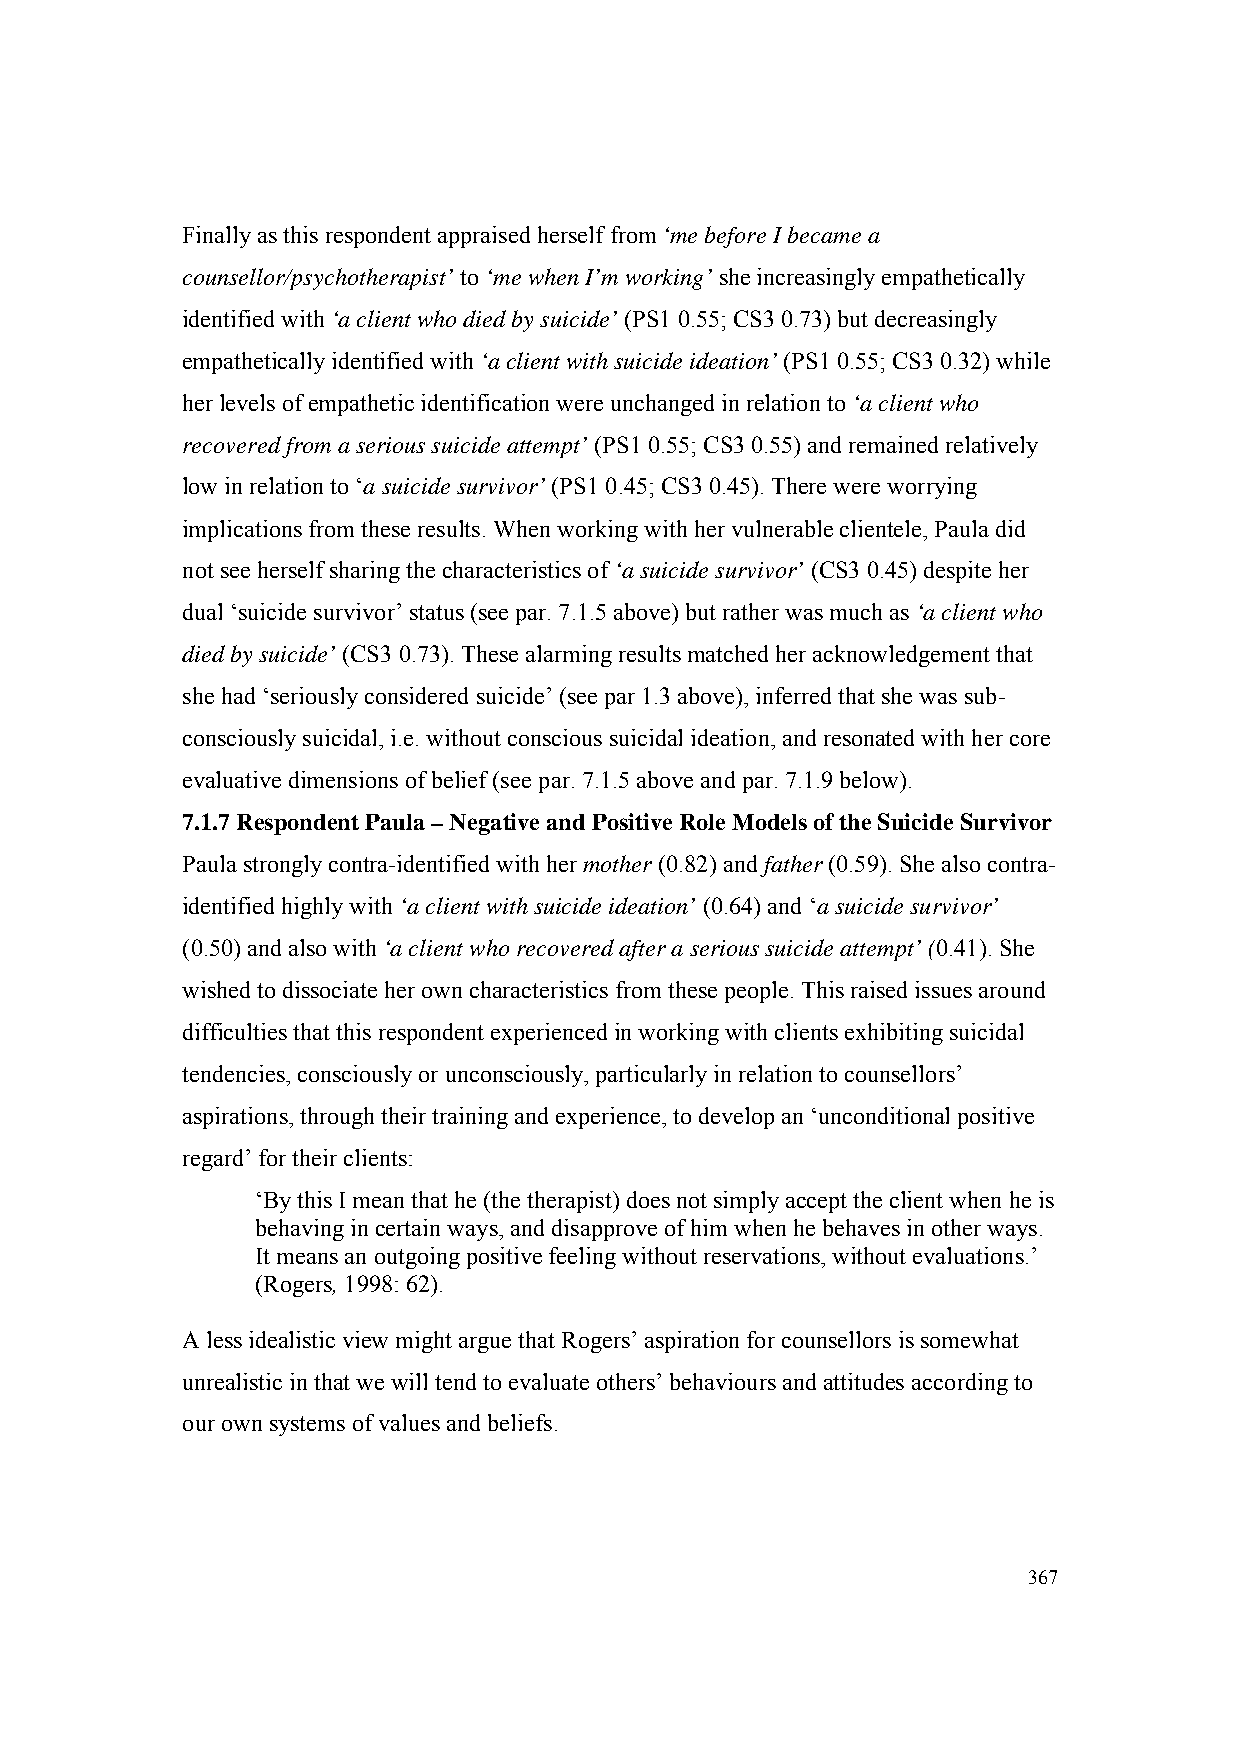
Finally as this respondent appraised herself from ‘me before I became a
 counsellor/psychotherapist’ to ‘me when I’m working’ she increasingly empathetically
 identified with ‘a client who died by suicide’ (PS1 0.55; CS3 0.73) but decreasingly
 empathetically identified with ‘a client with suicide ideation’ (PS1 0.55; CS3 0.32) while
 her levels of empathetic identification were unchanged in relation to ‘a client who
 recovered from a serious suicide attempt’ (PS1 0.55; CS3 0.55) and remained relatively
 low in relation to ‘a suicide survivor’ (PS1 0.45; CS3 0.45). There were worrying
 implications from these results. When working with her vulnerable clientele, Paula did
 not see herself sharing the characteristics of ‘a suicide survivor’ (CS3 0.45) despite her
 dual ‘suicide survivor’ status (see par. 7.1.5 above) but rather was much as ‘a client who
 died by suicide’ (CS3 0.73). These alarming results matched her acknowledgement that
 she had ‘seriously considered suicide’ (see par 1.3 above), inferred that she was sub-
 consciously suicidal, i.e. without conscious suicidal ideation, and resonated with her core
 evaluative dimensions of belief (see par. 7.1.5 above and par. 7.1.9 below).
 7.1.7 Respondent Paula – Negative and Positive Role Models of the Suicide Survivor
 Paula strongly contra-identified with her mother (0.82) and father (0.59). She also contra-
 identified highly with ‘a client with suicide ideation’ (0.64) and ‘a suicide survivor’
 (0.50) and also with ‘a client who recovered after a serious suicide attempt’ (0.41). She
 wished to dissociate her own characteristics from these people. This raised issues around
 difficulties that this respondent experienced in working with clients exhibiting suicidal
 tendencies, consciously or unconsciously, particularly in relation to counsellors’
 aspirations, through their training and experience, to develop an ‘unconditional positive
 regard’ for their clients:
 ‘By this I mean that he (the therapist) does not simply accept the client when he is
 behaving in certain ways, and disapprove of him when he behaves in other ways.
 It means an outgoing positive feeling without reservations, without evaluations.’
 (Rogers, 1998: 62).
 A less idealistic view might argue that Rogers’ aspiration for counsellors is somewhat
 unrealistic in that we will tend to evaluate others’ behaviours and attitudes according to
 our own systems of values and beliefs.
 367